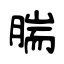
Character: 腨